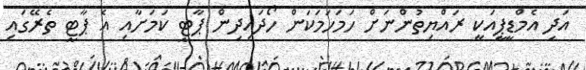
އަދި އެމްޑީޕީއަކީ ރައްޔިތުންނަށް ހަމަހަމަކަން ހޯދައިދިން ޕާޓީ ކަމަށާއި އެ ޕާޓީ ތެރޭގައި